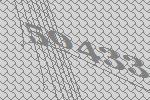
50433